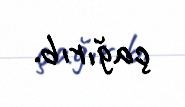
çağırıb.